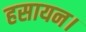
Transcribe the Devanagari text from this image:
हसायन।